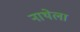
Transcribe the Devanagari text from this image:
नाथेला